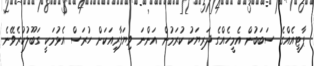
ޕާޓީއެއްގެ ސަބަބުން އެމީހެއްގެ ދަރިޔަކު ކުރަމުން އަންނަ ވިޔަފާރިއަކަށް ހުރަސް އެޅުމަކީ ގަބޫލުކުރެވޭނެ